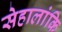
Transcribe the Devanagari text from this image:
सेहालांकि